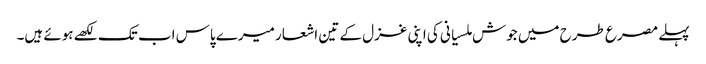
پہلے مصرع طرح میں جوش ملسیانی کی اپنی غزل کے تین اشعار میرے پاس اب تک لکھے ہوئے ہیں۔